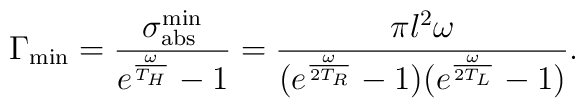
\Gamma_{\rm min} = { \sigma_{\rm abs}^{\rm min} \over {e^{\omega \over T_H} -1 }}= {{\pi l^2 \omega} \over  {(e^{\omega \over 2 T_R} -1)   (e^{\omega \over 2 T_L} -1)}}.